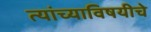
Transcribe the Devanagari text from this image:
त्यांच्याविषयीचे